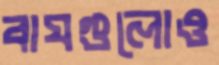
বাঘগুলোও